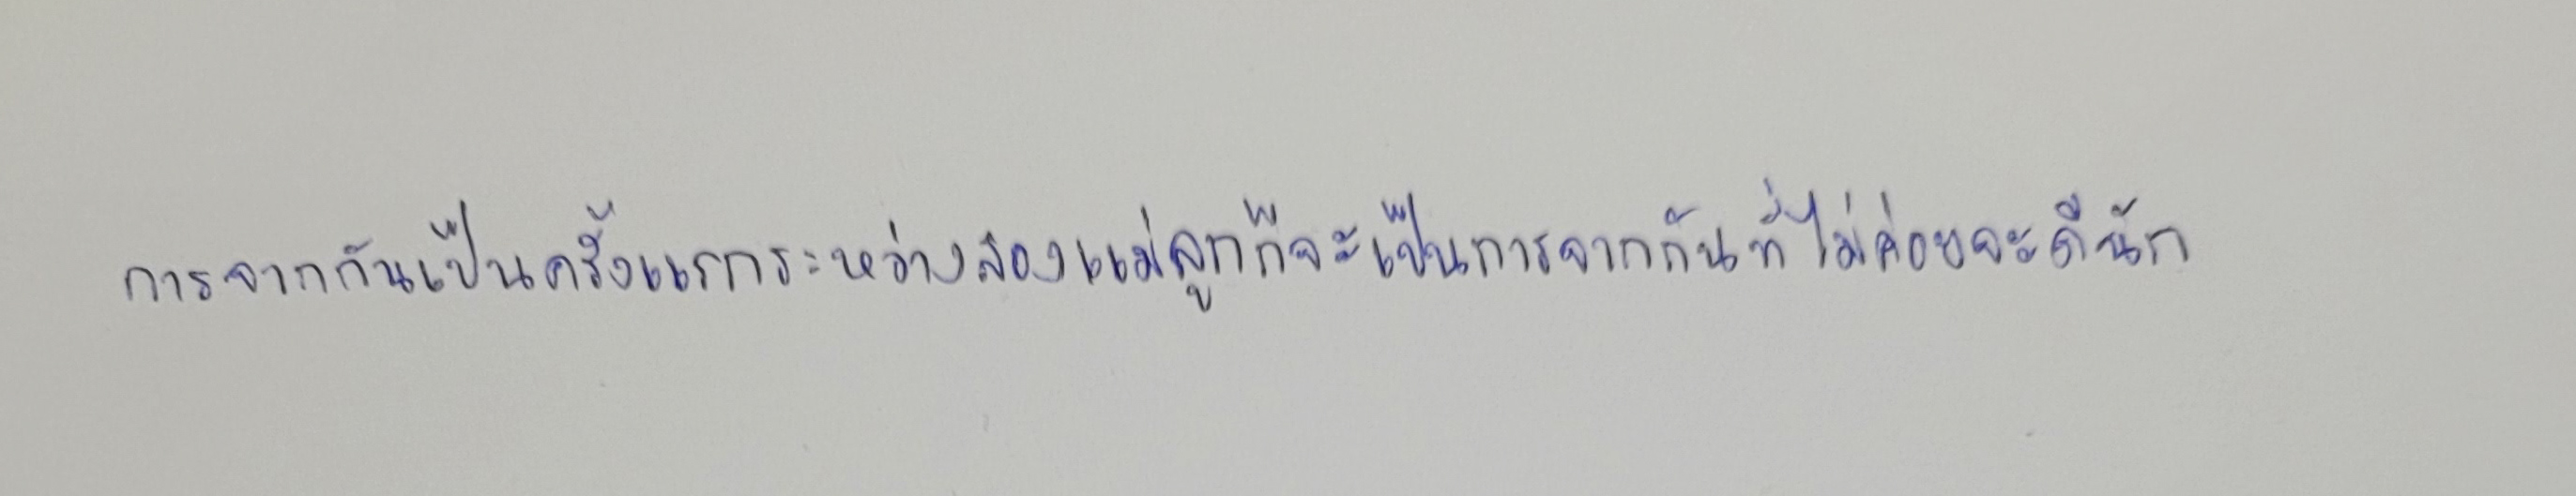
การจากกันเป็นครั้งแรกระหว่างสองแม่ลูกก็จะเป็นการจากกันที่ไม่ค่อยจะดีนัก